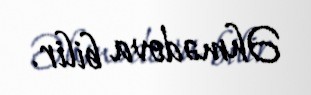
Əhmədova bilir.